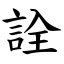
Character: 詮